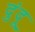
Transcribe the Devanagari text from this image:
दुंदू